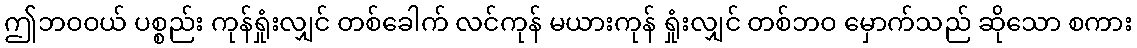
ဤဘဝဝယ် ပစ္စည်း ကုန်ရှုံးလျှင် တစ်ခေါက် လင်ကုန် မယားကုန် ရှုံးလျှင် တစ်ဘဝ မှောက်သည် ဆိုသော စကား